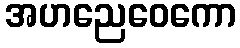
အဟညေဝေကော